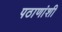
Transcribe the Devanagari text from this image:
पठाणांशी